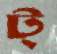
ট্